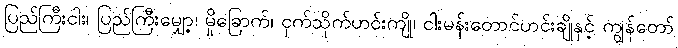
ပြည်ကြီးငါး၊ ပြည်ကြီးမျှော့၊ မှိုခြောက်၊ ငှက်သိုက်ဟင်းကျို၊ ငါးမန်းတောင်ဟင်းချိုနှင့် ကျွန်တော်